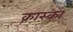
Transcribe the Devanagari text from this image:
क्रास्का